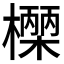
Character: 𭬓